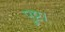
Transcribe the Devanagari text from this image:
पुष्ट।